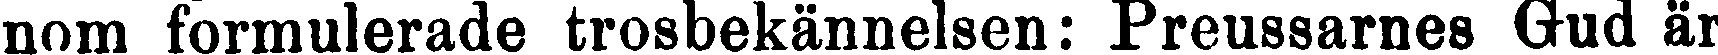
nom formulerade trosbekännelsen: Preussarnes Gud är